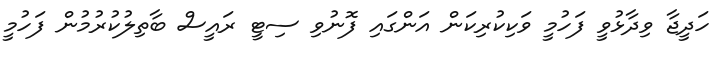
ހަދީޖާ ވިދާޅުވީ ފަހުމީ ވަކިކުރިކަން އަންގައި ފޮނުވި ސިޓީ ރައީސް ބާތިލުކުރުމުން ފަހުމީ